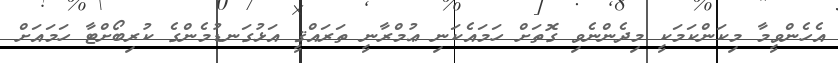
އެހެންވީމާ މިކަންކަމަކީ މިދެންނެވި ގޮތަށް ހަމައެކަނި ޢުމްރާނީ ތަރައްޤީ އަޅުގަނޑުމެންގެ ކުރިބޯށްޓާ ހަމައަށް